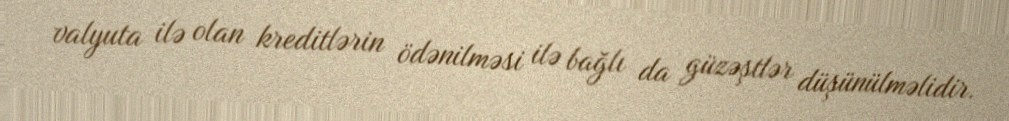
valyuta ilə olan kreditlərin ödənilməsi ilə bağlı da güzəştlər düşünülməlidir.